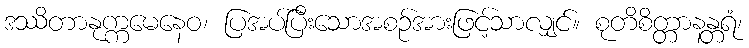
ဒဿိတာနုက္ကမေနေဝ၊ ပြအပ်ပြီးသောအစဉ်အားဖြင့်သာလျှင်။ စုတိစိတ္တာနန္တရံ၊